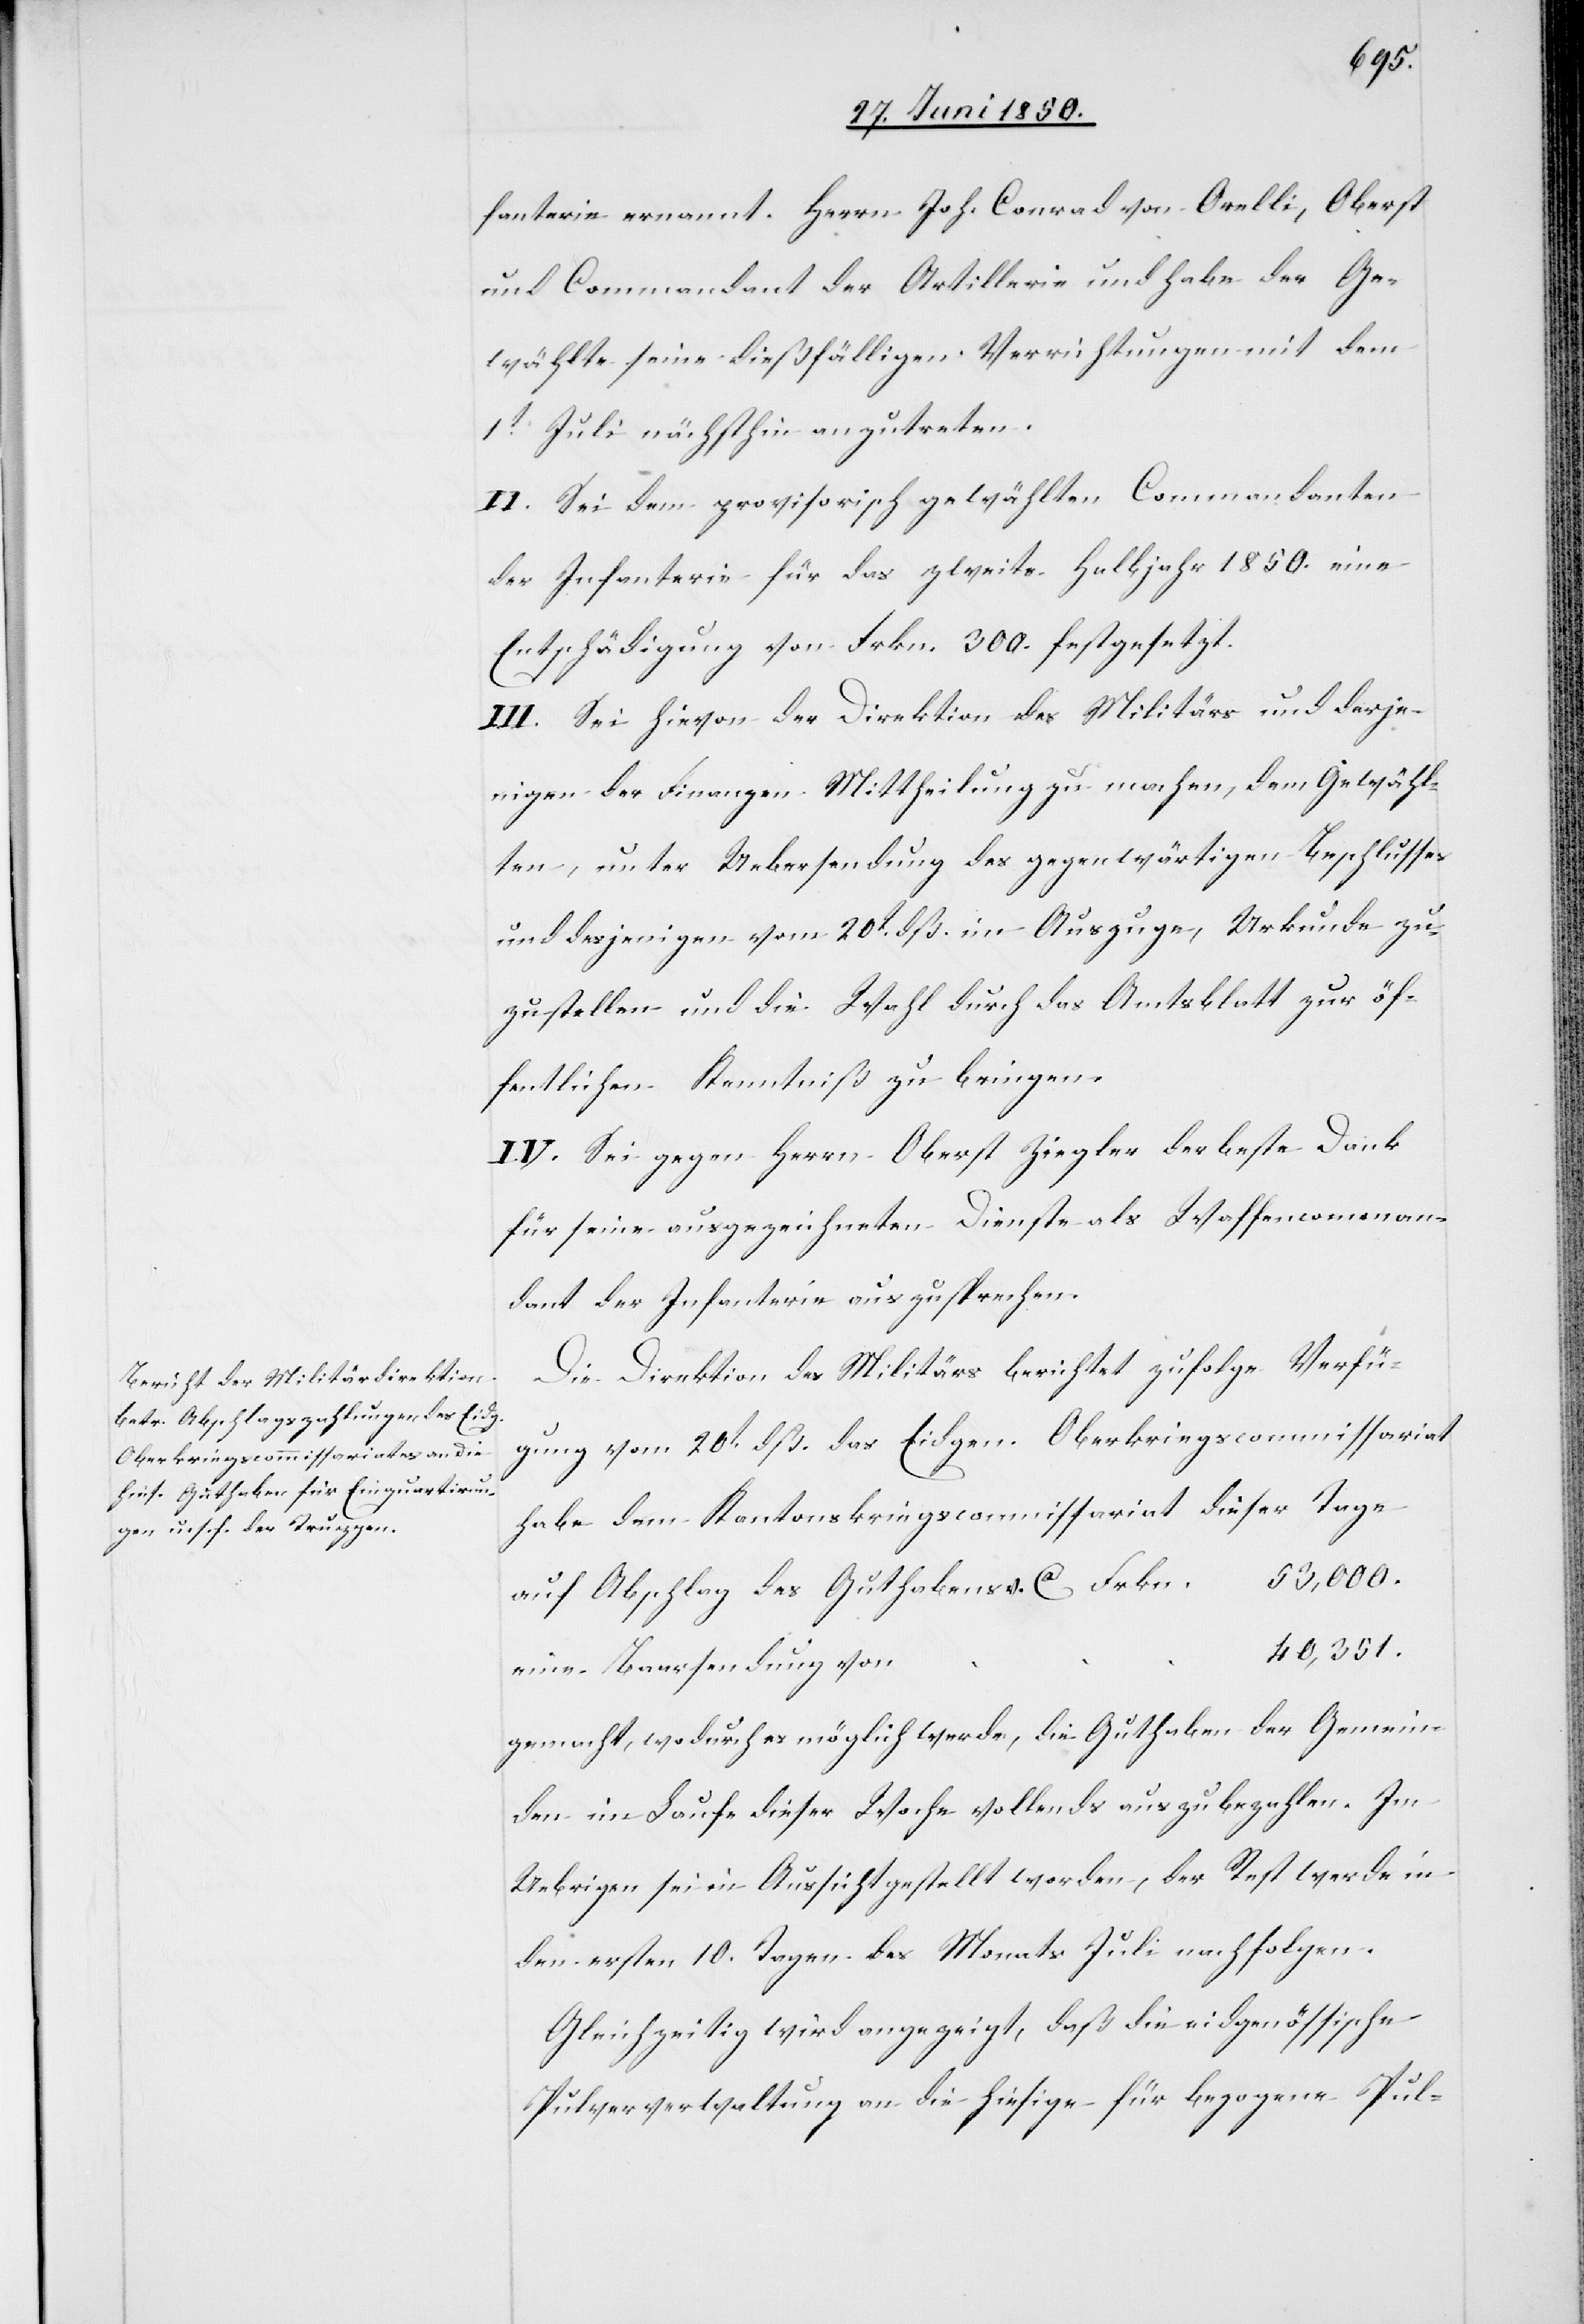
fanterie ernannt. Herrn Joh. Conrad von Orelli, Oberst
und Commandant der Artillerie und habe der Ge¬
wählte seine dießfälligen Verrichtungen mit dem
1t Juli nächsthin anzutreten.
II. Sei dem provisorisch gewählten Commandanten
der Infanterie für das zweite Halbjahr 1850. eine
Entschädigung von Frkn. 300. festgesetzt.
III. Sei hievon der Direktion des Militärs und derje¬
nigen der Finanzen Mittheilung zu machen, dem Gewähl¬
ten, unter Uebersendung des gegenwärtigen Beschlusses
und desjenigen vom 20t dß. im Auszuge, Urkunde zu¬
zustellen und die Wahl durch das Amtsblatt zur öf¬
fentlichen Kenntniß zu bringen.
IV. Sei gegen Herrn Oberst Ziegler der beste Dank
für seine ausgezeichneten Dienste als Waffencomman¬
dant der Infanterie auszusprechen.
Die Direktion des Militärs berichtet zufolge Verfü¬
gung vom 20t dß. das Eidgen. Oberkriegscommissariat
habe dem Kantonskriegscommissariat dieser Tage
53,000.
auf Abschlag des Guthabens v. Ca 		Frkn.
40,351.
eine Baarsendung von
gemacht, wodurch es möglich werde, die Guthaben der Gemein¬
den im Laufe dieser Woche vollends auszubezahlen. Im
Uebrigen sei in Aussicht gestellt worden, der Rest werde in
den ersten 10. Tagen des Monats Juli nachfolgen.
Gleichzeitig wird angezeigt, daß die eidgenössische
Pulververwaltung an die hiesige für bezogene Pul-